system: You are a helpful assistant.
user:
Analyze the provided spectrum to determine if it is a **Carbon Star (C-type)**.

- **Key Visual Indicators of Carbon Star:**
    - **(Primary):** Strong molecular absorption from **C₂ (diatomic carbon) "Swan Bands."** This is the **defining feature** of a carbon star.
        - **(Key Bandheads):** Sharp absorption edges are visible at approximately $5635$ Å, $5165$ Å (the strongest band), and $4737$ Å.
        - **(Line Profile):** Creates a distinct **"saw-tooth"** pattern. The key morphology is a sharp, steep bandhead on the **red (long-wavelength) side**, which then gradually tapers off (i.e., flux recovers) towards the **blue (short-wavelength) side**. *(This is the direct opposite of the TiO bands seen in M-type stars)*.

    - **(Secondary):** Intense **CN (cyanogen)** molecular absorption bands.
        - **(Key Bandheads):** Located in the blue and violet regions of the spectrum (e.g., near $4215$ Å and $3883$ Å).
        - **(Morphology):** These bands are extremely broad and act as a "blanket," absorbing the vast majority of blue and violet light. This creates a characteristic **"cliff"** or **"steep drop-off"** in the spectrum's flux at short wavelengths.

    - **(Key Confirmation):** Strong **CH absorption band (G-band)**.
        - **(Key Bandhead):** Located around $4300$ Å. The contribution from CH molecules to this band is exceptionally strong.

    - **(Overall Spectrum):**
        - The continuum is severely "chopped up" by these deep molecular bands, especially C₂, rather than appearing as a smooth curve.
        - Due to the heavy CN and C₂ absorption in the blue-green, the vast majority of the star's flux is concentrated in the red part of the spectrum, giving the star its characteristic deep red color.

Think first, call **spectral_visualization_tool** if needed to examine features in detail, then provide your final answer. Your response must adhere to the following strict rules:
1.  **Overall Structure:** Your response must follow the format `<think>...</think> <tool_call>...</tool_call> (if a tool is used) <answer>...</answer>`.
2.  **Tool Usage Constraint:** You may only make **one** tool call per turn.
3.  **Final Answer Format:** In the `<answer>` tag, your conclusion must be inside a `\boxed{}` command (e.g., `\boxed{YES}`), followed by your justification.

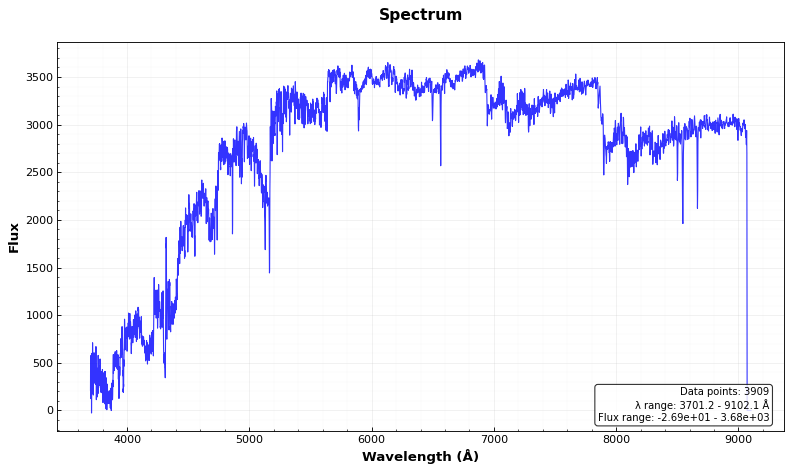
Answer: YES